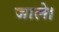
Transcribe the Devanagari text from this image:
जाले।